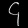
Digit: ၄